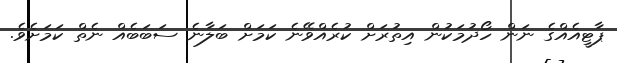
ޕާޓީއެއްގެ ނަން ހޯދުމަކުން އިތުރަށް ކުރެއްވޭނެ ކަމަށް ބަލާނެ ސަބަބެއް ނެތް ކަމަށެވެ.